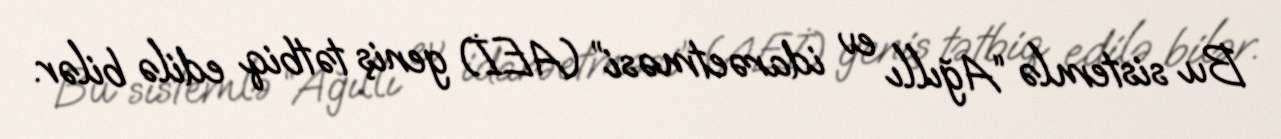
Bu sistemlə “Ağıllı ev idarəetməsi” (AEİ) geniş tətbiq edilə bilər.